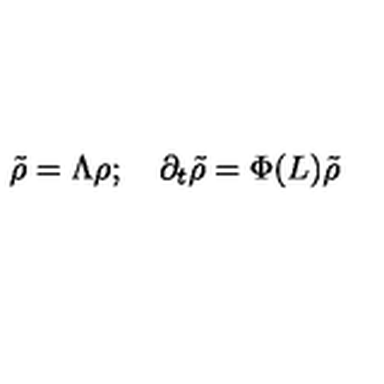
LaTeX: \tilde { \rho } = \Lambda \rho ; \quad \partial _ { t } \tilde { \rho } = \Phi ( L ) \tilde { \rho }